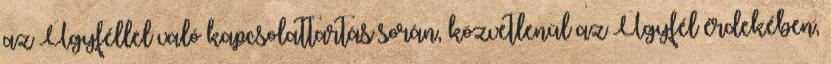
az Ügyféllel való kapcsolattartás során, közvetlenül az Ügyfél érdekében,